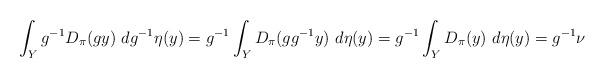
LaTeX: \begin{align*}\int_{Y} g^{-1} D_{\pi}(gy)~dg^{-1}\eta(y) &= g^{-1} \int_{Y} D_{\pi}(g g^{-1} y)~d\eta(y) = g^{-1} \int_{Y} D_{\pi}(y)~d\eta(y) = g^{-1}\nu\end{align*}